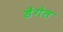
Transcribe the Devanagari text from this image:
डेंगेल